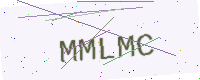
Text: MMLMC